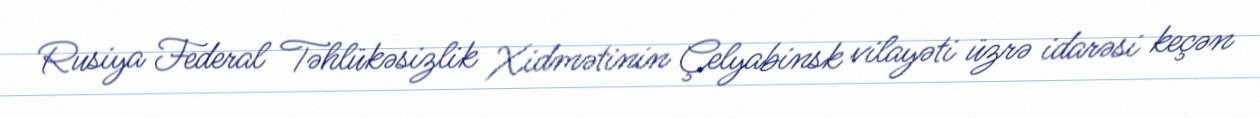
Rusiya Federal Təhlükəsizlik Xidmətinin Çelyabinsk vilayəti üzrə idarəsi keçən